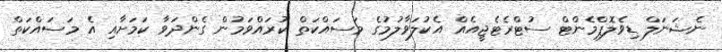
ނެޝަނަލް ޑިވެލޮޕްމެންޓް ސުޓްރެޓެޖީއެއް އެކުލަވާލުމުގެ މަސައްކަތް ކުރައްވަމުން ގެންދަވާ ކަމަށާއި އެ މަސައްކަތް